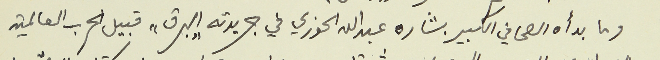
وما بدأه الصحافي الكبير بشاره عبد الله الخوري في جريدته "البرق" قبيل الحرب العالمية